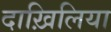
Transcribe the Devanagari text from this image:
दाख़िलिया